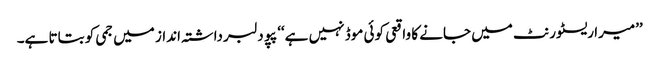
’’میرا ریسٹورنٹ میں جانے کا واقعی کوئی موڈ نہیں ہے‘‘ پپو دلبرداشتہ انداز میں جمی کو بتاتا ہے۔